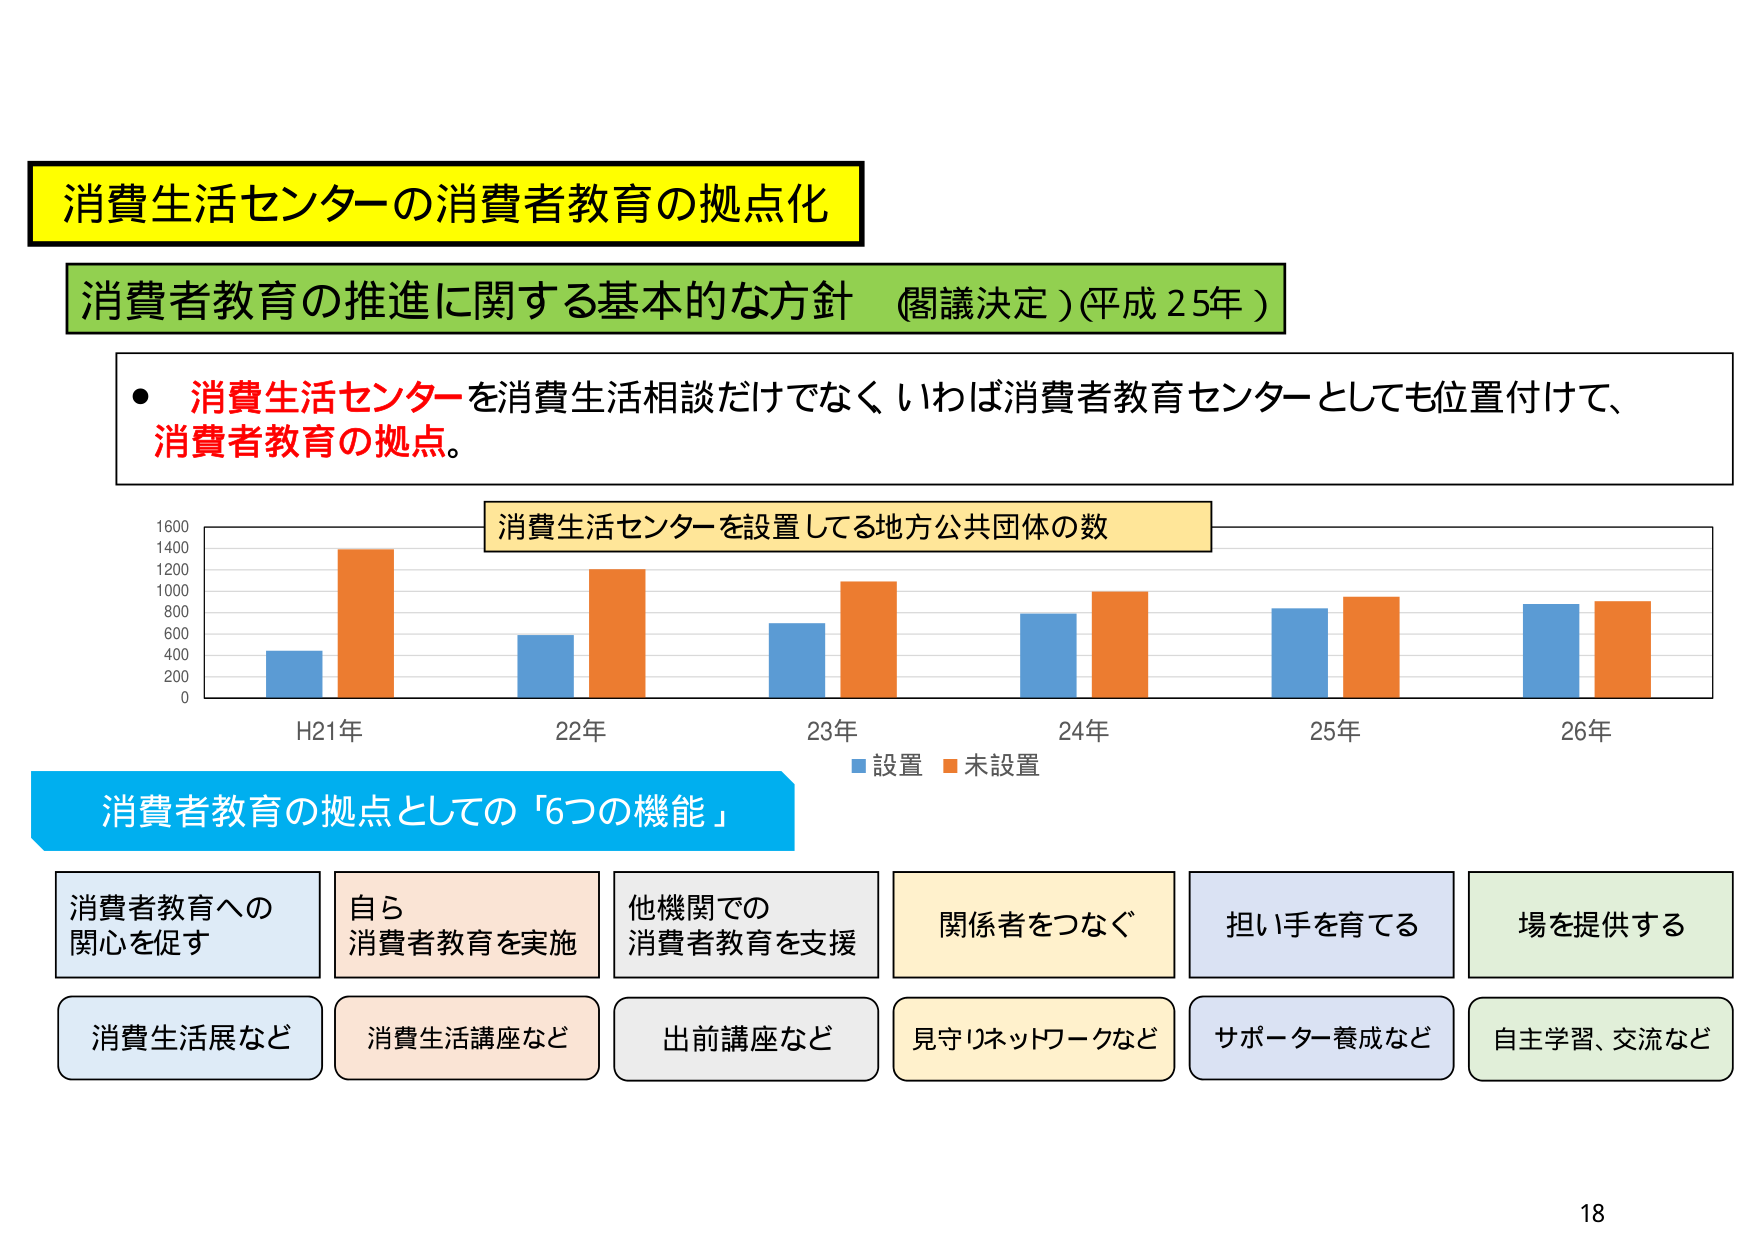
消費生活センターの消費者教育の拠点化
消費者教育の推進に関する基本的な方針（閣議決定）（平成25年）
・消費生活センターを消費生活相談だけでなく、いわば消費者教育センターとしても位置付けて、消費者教育の拠点。
消費生活センターを設置してる地方公共団体の数
1600
1400
1200
1000
800
600
400
200
0
H21年　22年　23年　24年　25年　26年
■設置　■未設置
消費者教育の拠点としての「6つの機能」
消費者教育への関心を促す　　自ら消費者教育を実施　　他機関での消費者教育を支援　　関係者をつなぐ　　担い手を育てる　　場を提供する
消費生活展など　　消費生活講座など　　出前講座など　　見守りネットワークなど　　サポーター養成など　　自主学習、交流など
18